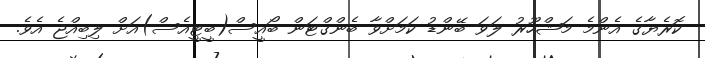
ކޮރެޔާގެ އެންމެ މަޝްހޫރު ލަވަ ބޭންޑު ކަމަށްވާ ބެންގްޓަން ބޯއީސް(ބީޓީއެސް)އަށް ލިބިއްޖެ އެވެ.